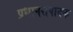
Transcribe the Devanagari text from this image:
प्रधानसंपादक